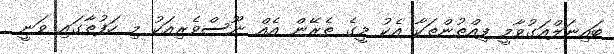
ބައިނަލްއަގުވާމީ ފިއްތުންތަކާ އެކު މީގެ ތެރޭން އެއް ނޫސްވެެރިއަކު މި ހަފުތާގައި ވަނީ